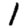
Digit: 1